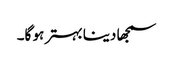
سمجھا دینا بہتر ہو گا۔